38_143685_box_Incident_Summaries_101-172
Agency: Department of War
Page 52
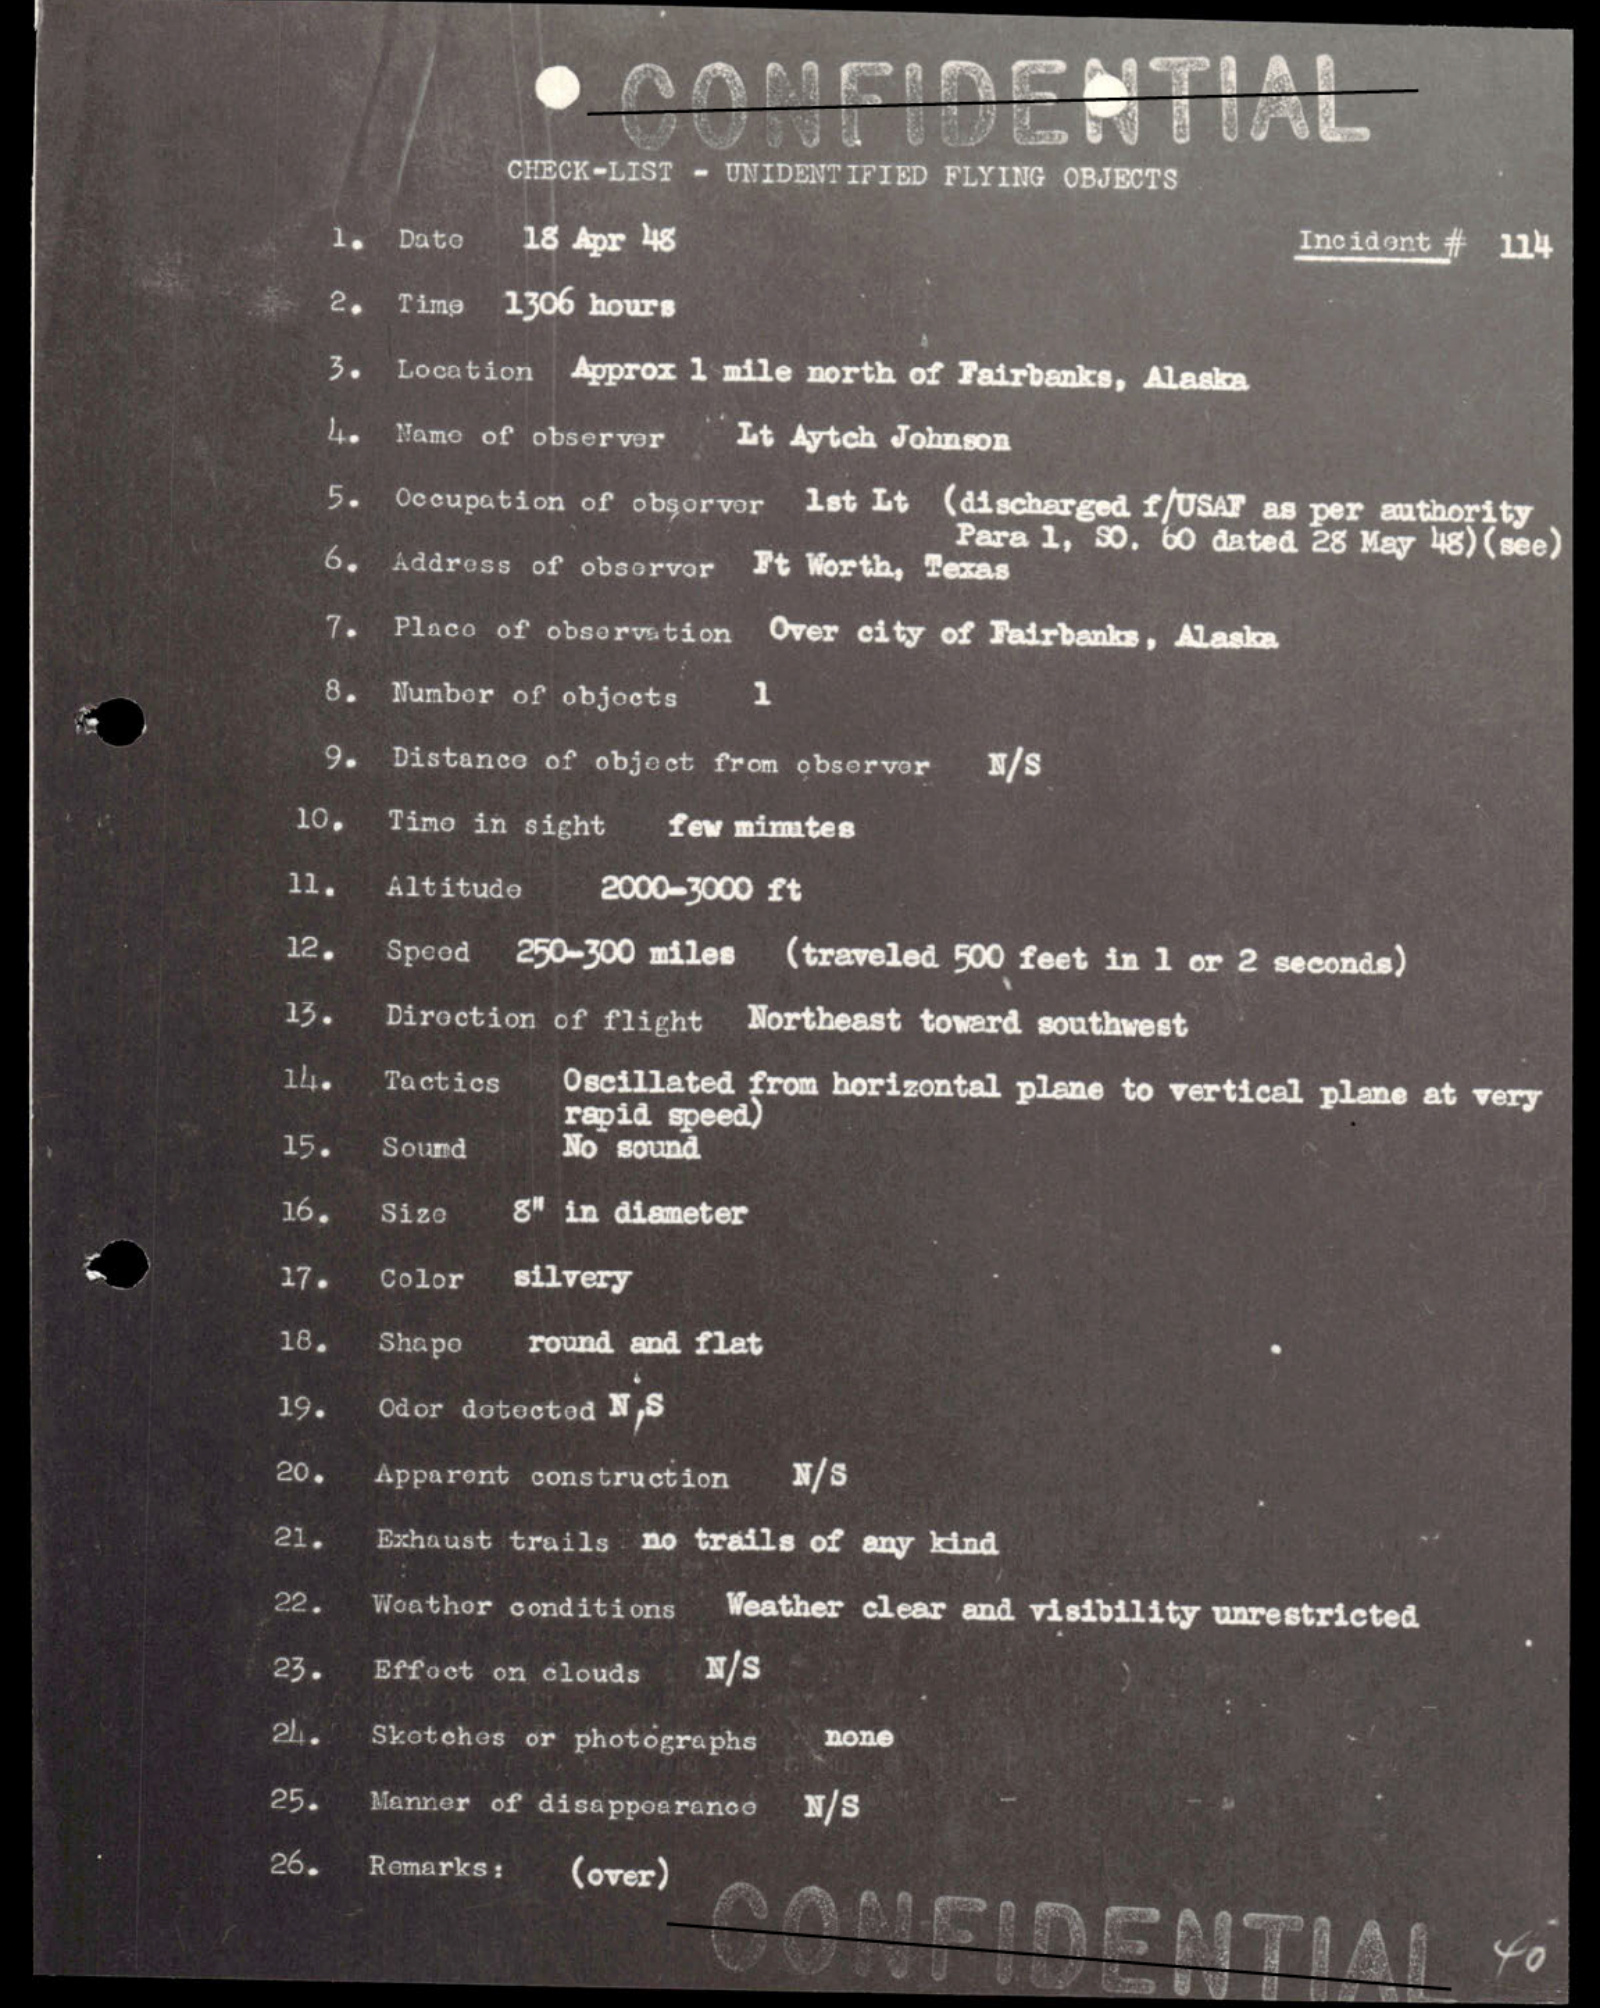